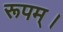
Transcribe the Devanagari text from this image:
रूपम्।